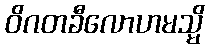
ဝိဂတခီလောဟမသ္မိ